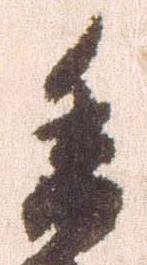
委